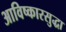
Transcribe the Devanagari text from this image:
आविष्कारसुद्धा